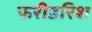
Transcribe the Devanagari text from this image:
फरीडरिश